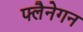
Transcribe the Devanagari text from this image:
फ्लैनेगन